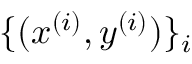
\{ ( \boldsymbol x ^ { ( i ) } , \boldsymbol y ^ { ( i ) } ) \} _ { i }